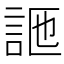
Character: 𧦩